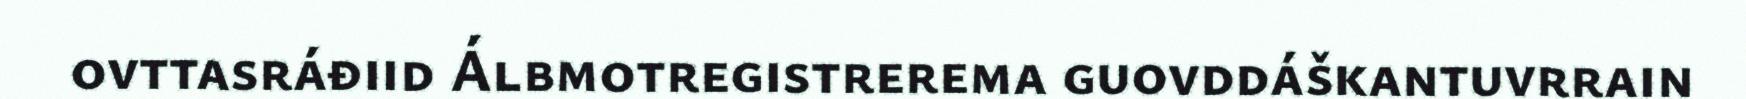
ovttasráđiid Álbmotregistrerema guovddáškantuvrrain